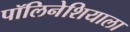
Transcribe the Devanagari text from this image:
पॉलिनेशियाला